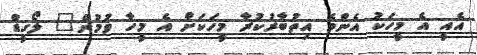
އެއީ އެ މީހަކު އެންމެ އިތުބާރުކުރާ މީހަކަށް އެ މީހާ ވުމުން" ލޯގީޑް